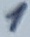
Text: 1